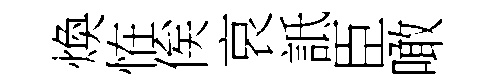
煥恠俟哀詆臣噉